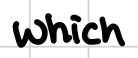
Text: which
Cross-out: clean
Writing tool: digital_black